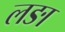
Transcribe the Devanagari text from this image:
लङा